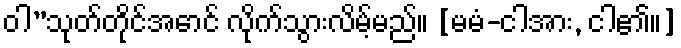
ဝါ”သုတ်တိုင်အောင် လိုက်သွားလိမ့်မည်။ [မမံ-ငါအား, ငါ၏။]